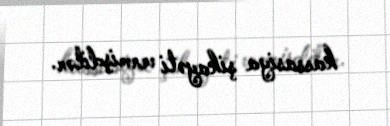
kassasiya şikayəti vermişdilər.